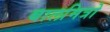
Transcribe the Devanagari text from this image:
बालमित्रो